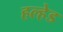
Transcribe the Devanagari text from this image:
हल्हेड